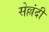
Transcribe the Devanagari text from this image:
सेल्लंदी